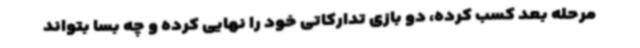
مرحله بعد کسب کرده، دو بازی تدارکاتی خود را نهایی کرده و چه بسا بتواند